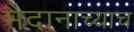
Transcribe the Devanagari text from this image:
मैदानाच्याच